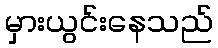
မှားယွင်းနေသည်